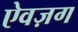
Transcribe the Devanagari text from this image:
ऐवज़ग